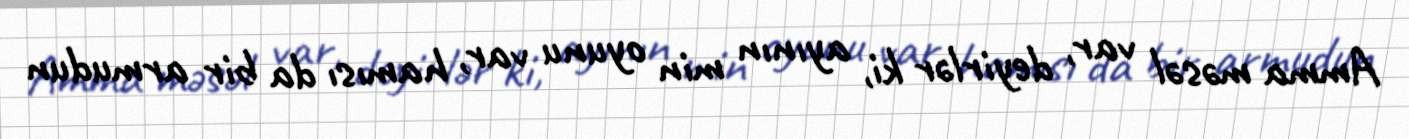
Amma məsəl var, deyirlər ki, ayının min oyunu var, hamısı da bir armudun